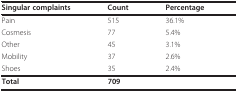
| Singular complaints | Count | Percentage |
 | --- | --- | --- |
 | Pain | 515 | 36.1% |
 | Cosmesis | 77 | 5.4% |
 | Other | 45 | 3.1% |
 | Mobility | 37 | 2.6% |
 | Shoes | 35 | 2.4% |
 | Total | 709 |  |